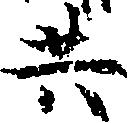
共